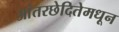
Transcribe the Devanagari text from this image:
आंतरछेदितेमधून